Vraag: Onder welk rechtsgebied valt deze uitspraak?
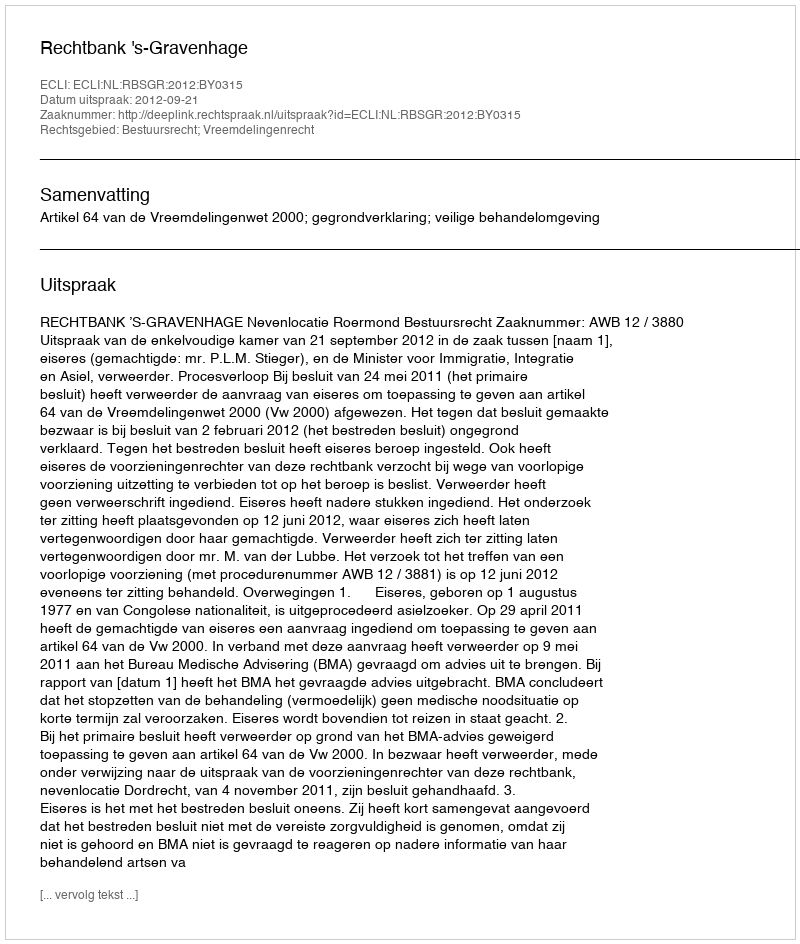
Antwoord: Bestuursrecht; Vreemdelingenrecht